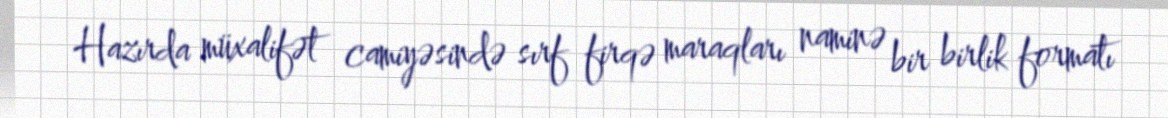
Hazırda müxalifət camiyəsində sırf firqə maraqları naminə bir birlik formatı